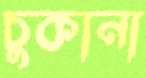
চুকানা